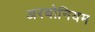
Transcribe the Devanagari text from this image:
अरबोनियम